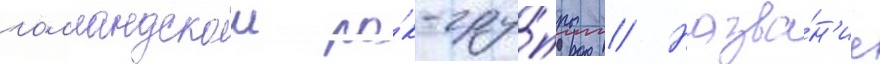
голландскои ро́к-гру́ппы // Назва́н'ие